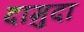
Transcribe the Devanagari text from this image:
दामुदा